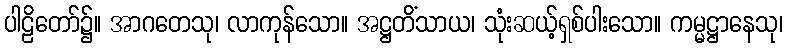
ပါဠိတော်၌။ အာဂတေသု၊ လာကုန်သော။ အဋ္ဌတိံသာယ၊ သုံးဆယ့်ရှစ်ပါးသော။ ကမ္မဋ္ဌာနေသု၊